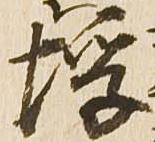
埒